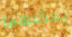
يمكنهما